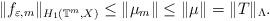
LaTeX: \begin{align*}\| f_{\varepsilon,m}\|_{H_{1}(\mathbb{T}^{m}, X)} \leq \| \mu_{m} \| \leq \| \mu \| = \| T\|_{\Lambda}.\end{align*}